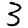
Digit: 3